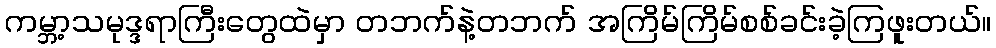
ကမ္ဘာ့သမုဒ္ဒရာကြီးတွေထဲမှာ တဘက်နဲ့တဘက် အကြိမ်ကြိမ်စစ်ခင်းခဲ့ကြဖူးတယ်။